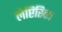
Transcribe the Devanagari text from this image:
लेप्टिरिका